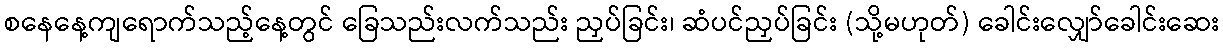
စနေနေ့ကျရောက်သည့်နေ့တွင် ခြေသည်းလက်သည်း ညှပ်ခြင်း၊ ဆံပင်ညှပ်ခြင်း (သို့မဟုတ်) ခေါင်းလျှော်ခေါင်းဆေး